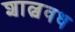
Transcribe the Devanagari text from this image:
शाल्ववध